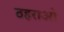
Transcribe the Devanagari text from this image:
ठहराओ